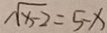
\sqrt { x - 2 } = 5 - x